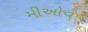
મીઓવ